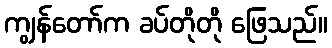
ကျွန်တော်က ခပ်တိုတို ဖြေသည်။